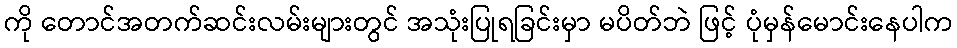
ကို တောင်အတက်ဆင်းလမ်းများတွင် အသုံးပြုရခြင်းမှာ မပိတ်ဘဲ ဖြင့် ပုံမှန်မောင်းနေပါက